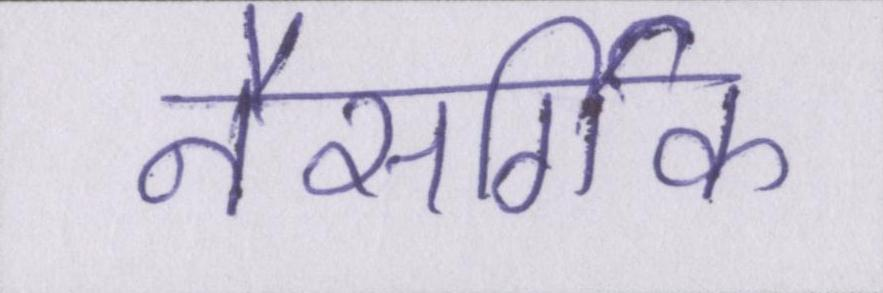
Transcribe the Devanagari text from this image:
नैसर्गिक